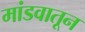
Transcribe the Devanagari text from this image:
मांडवातून